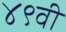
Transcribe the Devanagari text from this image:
४९वी